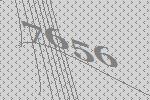
7656